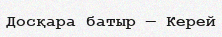
Досқара батыр — Керей